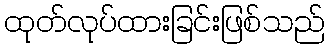
ထုတ်လုပ်ထားခြင်းဖြစ်သည်